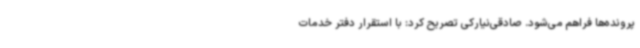
پرونده‌ها فراهم می‌شود. صادقی‌نیارکی تصریح کرد: با استقرار دفتر خدمات